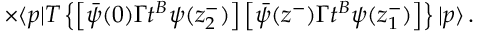
\times \langle p | T \left\{ \left[ \bar { \psi } ( 0 ) \Gamma t ^ { B } \psi ( z _ { 2 } ^ { - } ) \right] \left[ \bar { \psi } ( z ^ { - } ) \Gamma t ^ { B } \psi ( z _ { 1 } ^ { - } ) \right] \right\} | p \rangle \, .